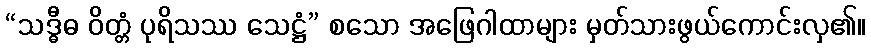
“သဒ္ဓီဓ ဝိတ္တံ ပုရိသဿ သေဋ္ဌံ” စသော အဖြေဂါထာများ မှတ်သားဖွယ်ကောင်းလှ၏။